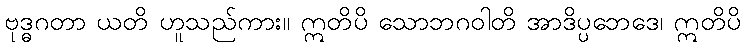
ဗုဒ္ဓဂတာ ယတိ ဟူသည်ကား။ ဣတိပိ သောဘဂဝါတိ အာဒိပ္ပဘေဒေ၊ ဣတိပိ